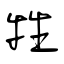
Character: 牲